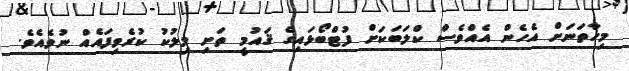
މިހާތަނަށް އެހެން އެއްވެސް ކްލަބަކަށް ފުޓްބޯޅައިގެ ޤައުމީ ތަށި މިލުކު ކުރެވިފައެއް ނުވެއެވެ.